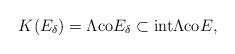
LaTeX: \begin{align*}K(E_{\delta}) = {\Lambda{\rm co} E_\delta} \subset {\rm int} \Lambda{\rm co} E,\end{align*}